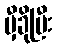
မှီခိုပြီး